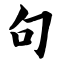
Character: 句